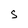
Character: S